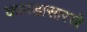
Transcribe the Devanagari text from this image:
कापडासारखे